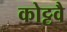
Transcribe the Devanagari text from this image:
कोट्टवै